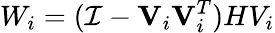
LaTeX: W_{i}=(\mathcal{I}-\mathbf{{V}}_{i}\mathbf{{V}}_{i}^{T})HV_{i}